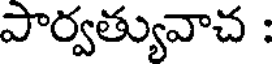
పార్వత్యువాచ :